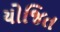
યોજિત